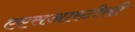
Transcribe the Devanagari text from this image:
एएसआरटीसी